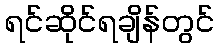
ရင်ဆိုင်ရချိန်တွင်